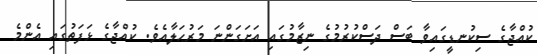
ކުއްޖާގެ ސިކުނޑީގައިވާ ބަސް ދަސްކުރުމުގެ ނިޒާމުގައި އަށަގަންނަ މަރުޙަލާއެވެ. ކުއްޖާގެ ޅަފަތުގައި އެންމެ